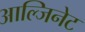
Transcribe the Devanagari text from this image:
आल्जिनेट